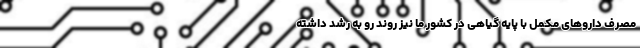
مصرف داروهای مکمل با پایه گیاهی در کشور ما نیز روند رو به رشد داشته